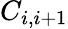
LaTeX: C_{i,i+1}